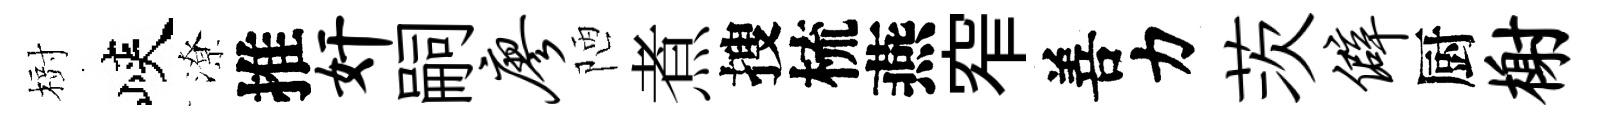
𣗳峽潦推奸嗣廖陋煮搜梳燕窄善力茨僻厨榭